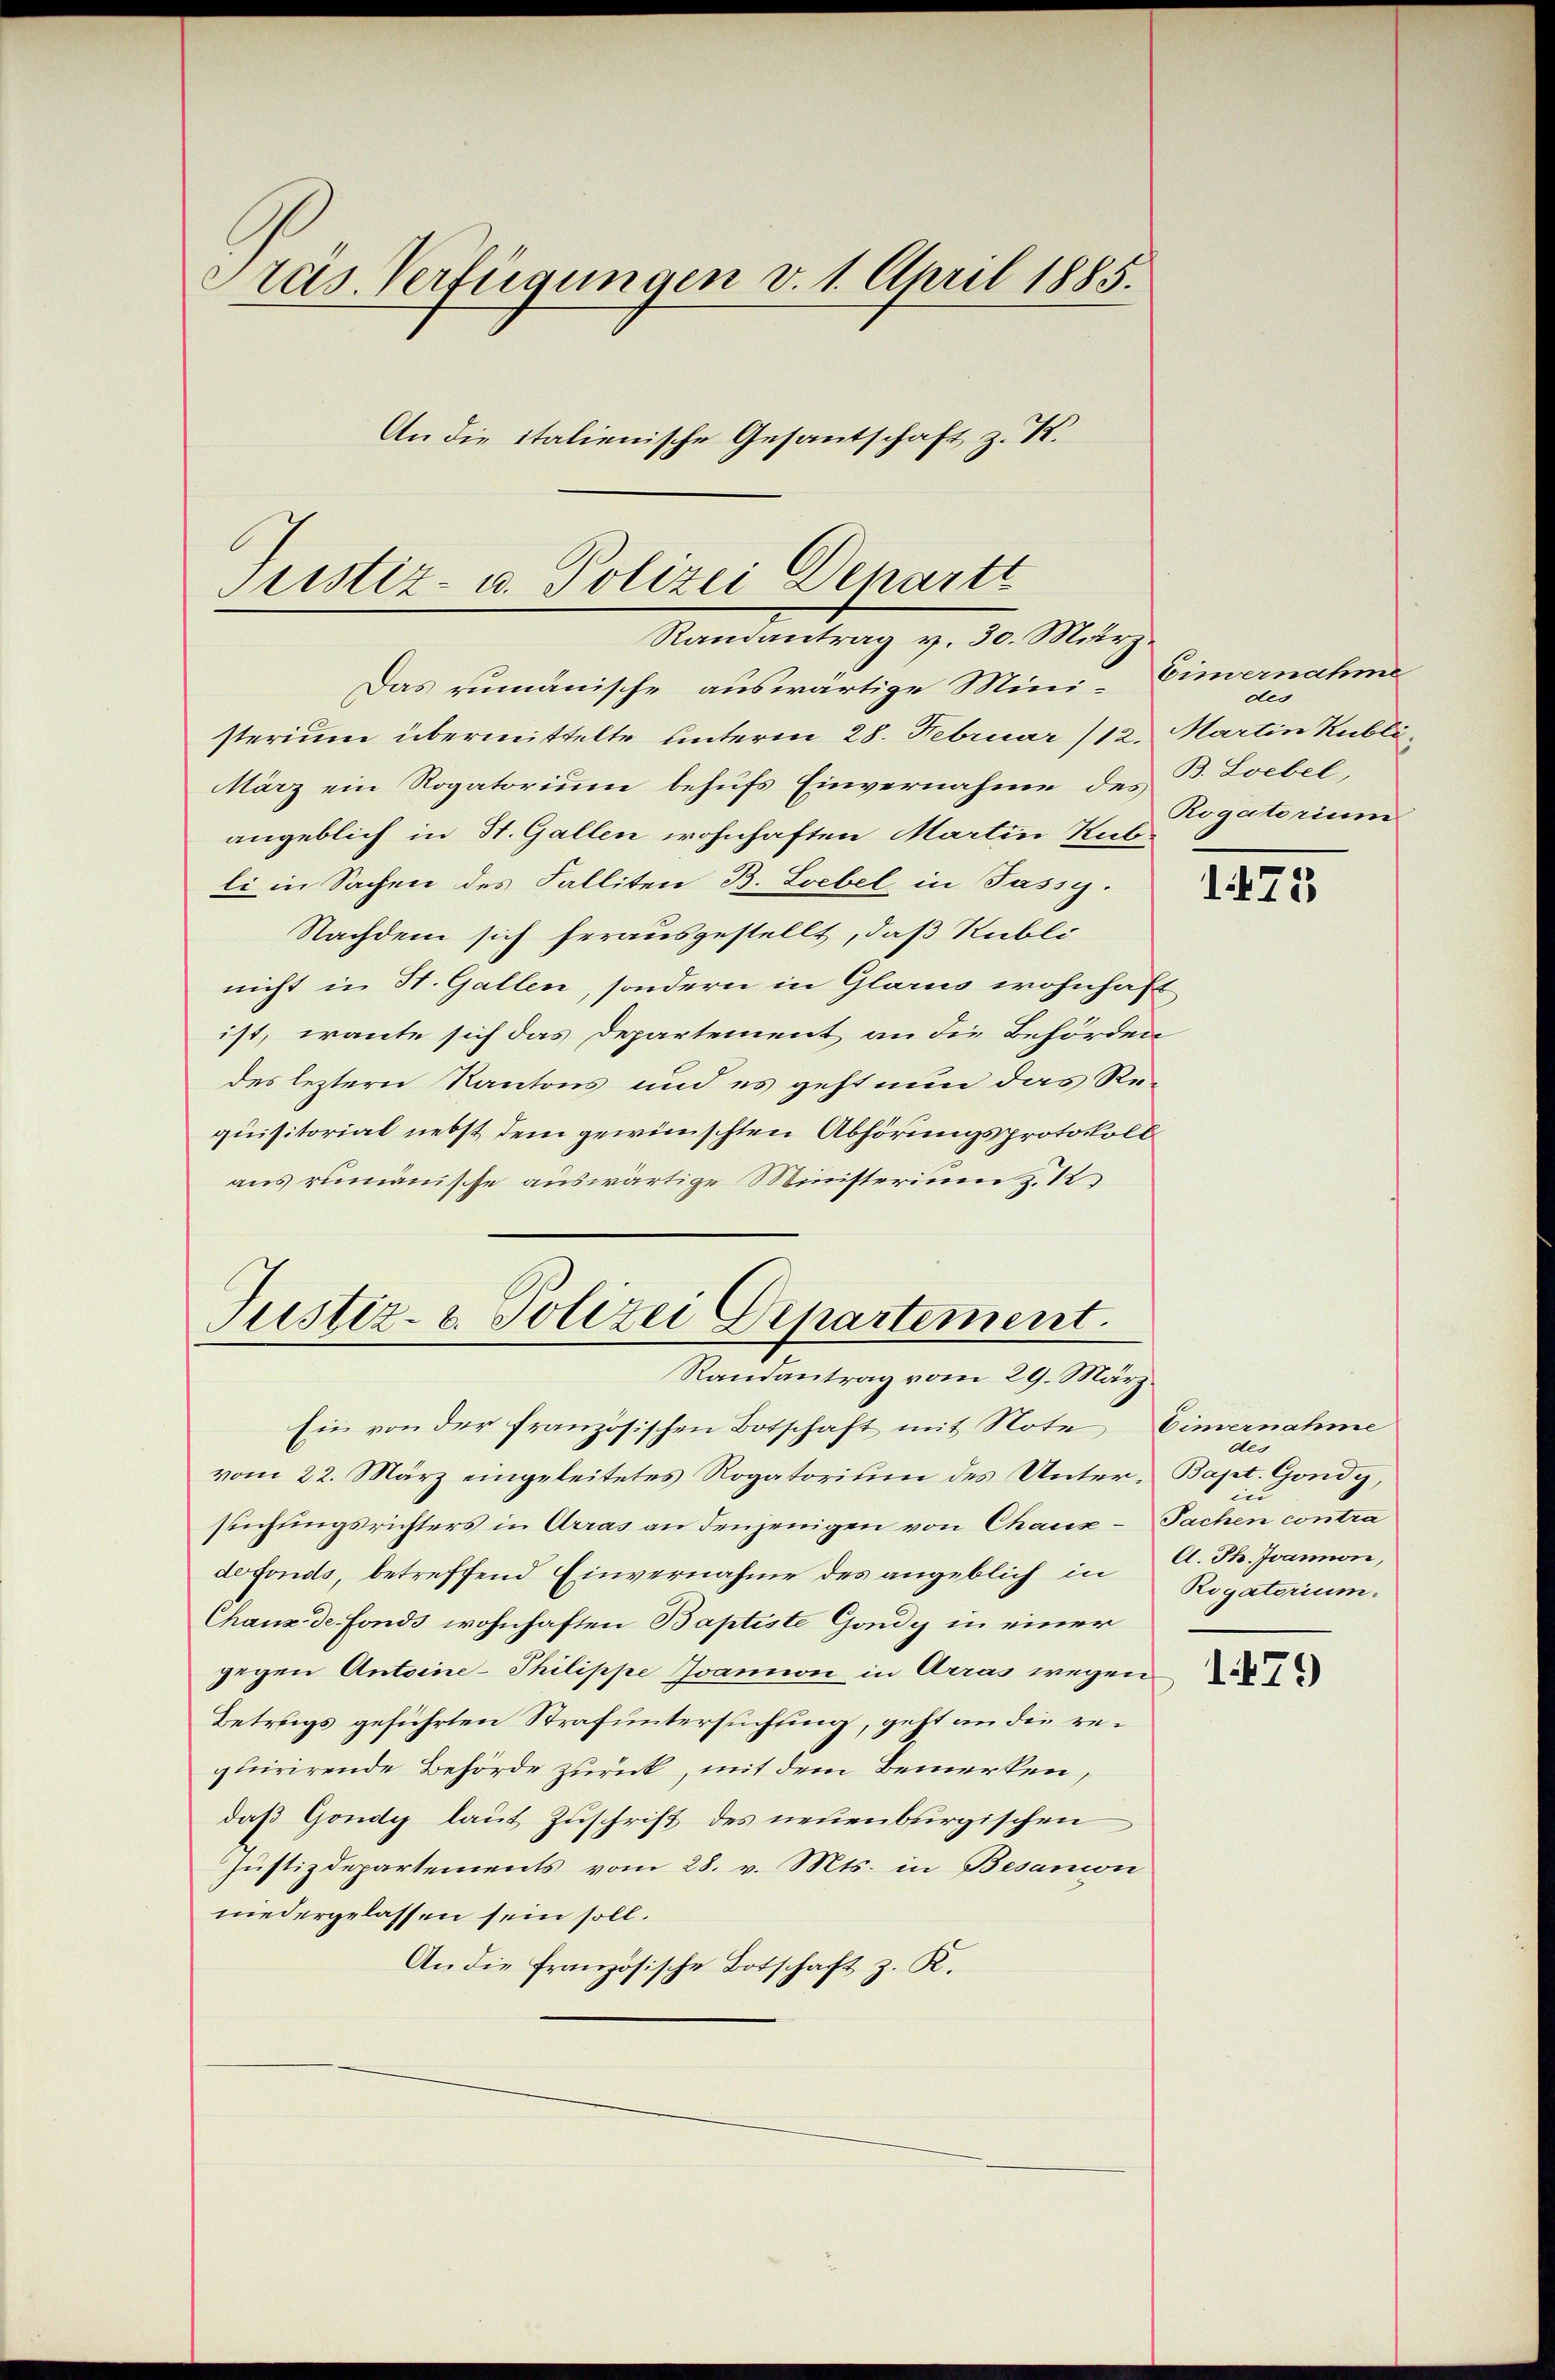
Pras. Verfügungen v. 1. April 1885.
An die italienische Gesantschaft z. K.

Justiz- u. Polizei Departt
Randantrag v. 30. März

Das zumänische auswärtige Mini-
sterium übermittelte unterm 28. Februar /12. Martin Kubli¬
März ein Rogatorium behufs Einvernahme des B. Loebel,
angeblich in St. Gallen wohnhaften Martin Rubli in Sachen des Falliten B. Loebel in Jassy.
Nachdem sich herausgestellt, daß Rubli
nicht in H. Gallen, sondern in Glarus wohnhaft
ist, wante sich das Departement an die Behörden
des leztern Kantons und es geht nun das Requisitorial nebst dem gewünschten Abhörungsprotokoll
aus rumänische auswärtige Ministerium z. 12

Justiz- u. Polizei Departement.
Randantrag vom 29. März.

Ein von der französischen Botschaft mit Note Einvernahme
vom 22. März eingeleitetes Rogatorium des Unter-Bapt. Gondy,
suchungsrichters in Arras an denjenigen von Chaux-Sachen contra
defonds, betreffend Einvernahme des angeblich in A. Th. Joannon,
Chaux de fonds wohnhaften Baptiste Gondy in einer
gegen Antoine-Philippe Ivanon in Arras wegen
Betrugs geführten Strafuntersuchung, geht an die requirirende Behörde zurück, mit dem Bemerken,
daß Gondy laut Zuschrift des neuenburgischen
Justizdepartements vom 28. v. Mts. in Besanon
niedergelassen sein soll.
An die französische Botschaft z. K.

Einvernahme
des
Rogatorium

1473

bles
in
Rigatorium.

1479